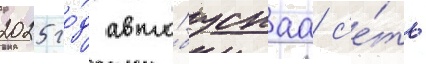
2025 го́д авто́буснаа с'е́ть